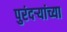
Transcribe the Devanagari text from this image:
पुरंदऱ्यांच्या